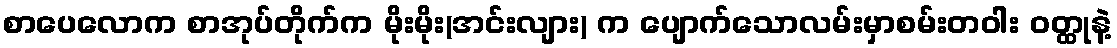
စာပေလောက စာအုပ်တိုက်က မိုးမိုး(အင်းလျား) က ပျောက်သောလမ်းမှာစမ်းတဝါး ဝတ္ထုနဲ့